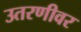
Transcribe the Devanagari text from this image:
उतरणीवर